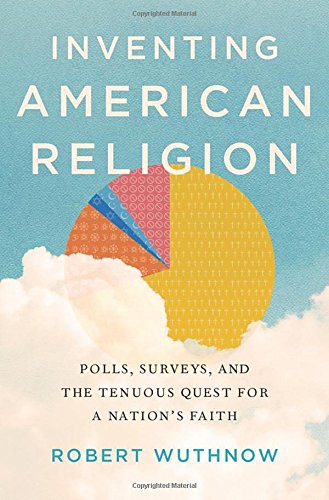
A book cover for Inventing American Religion: Polls, Surveys, and the Tenuous Quest for a Nation's Faith; Robert Wuthnow; Politics & Social Sciences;